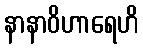
နာနာဝိဟာရေဟိ